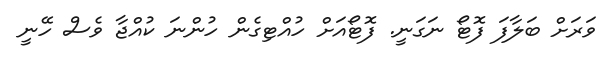
ވަރަށް ބަލާފަ ފޮޓޯ ނަގަނީ. ފޮޓޯއަށް ހުއްޓިގެން ހުންނަ ކުއްޖާ ވެސް ހޭނީ